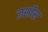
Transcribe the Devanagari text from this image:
जर्सीस